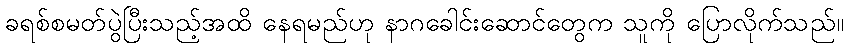
ခရစ်စမတ်ပွဲပြီးသည့်အထိ နေရမည်ဟု နာဂခေါင်းဆောင်တွေက သူကို ပြောလိုက်သည်။